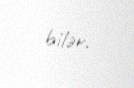
bilər.